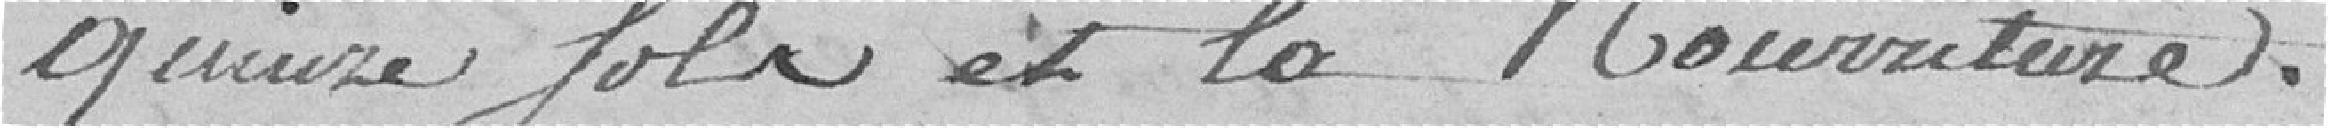
quinze sols et la nourriture.